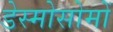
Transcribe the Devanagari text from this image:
डेस्मोसोमों